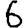
Digit: 6